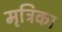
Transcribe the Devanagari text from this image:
मृत्रिका